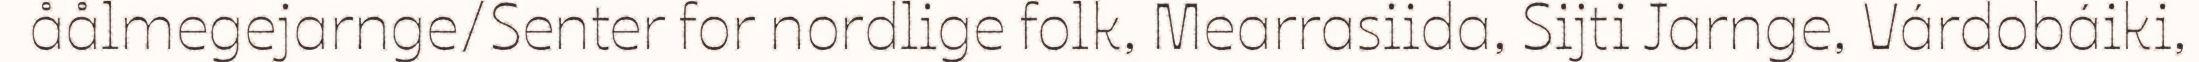
åålmegejarnge/Senter for nordlige folk, Mearrasiida, Sijti Jarnge, Várdobáiki,